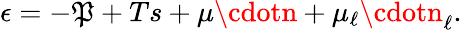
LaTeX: \epsilon=-\mathfrak{P}+Ts+\mu\cdotn+\mu_{\ell}\cdotn_{\ell}.